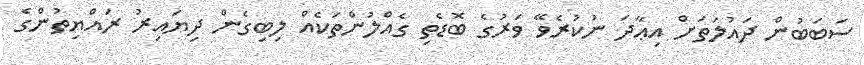
ސަބަބުން ދައުލަތަށް އިޢާދަ ނުކުރެވޭ ވަރުގެ ބޮޑެތި ގެއްލުންތަކެއް ލިބިގެން ދިޔައިރު ރައްޔިތުންގެ